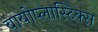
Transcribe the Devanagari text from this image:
बायोप्लास्टिक्स